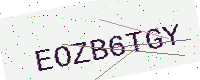
Text: EOZB6TGY